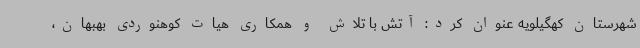
شهرستان کهگیلویه عنوان کرد: آتش با تلاش و همکاری هیات کوهنوردی بهبهان،